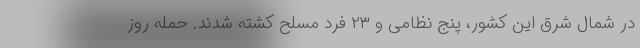
در شمال شرق این کشور، پنج نظامی و ۲۳ فرد مسلح کشته شدند. حمله روز